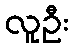
လူဦး